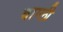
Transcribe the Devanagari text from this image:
बाम्ली